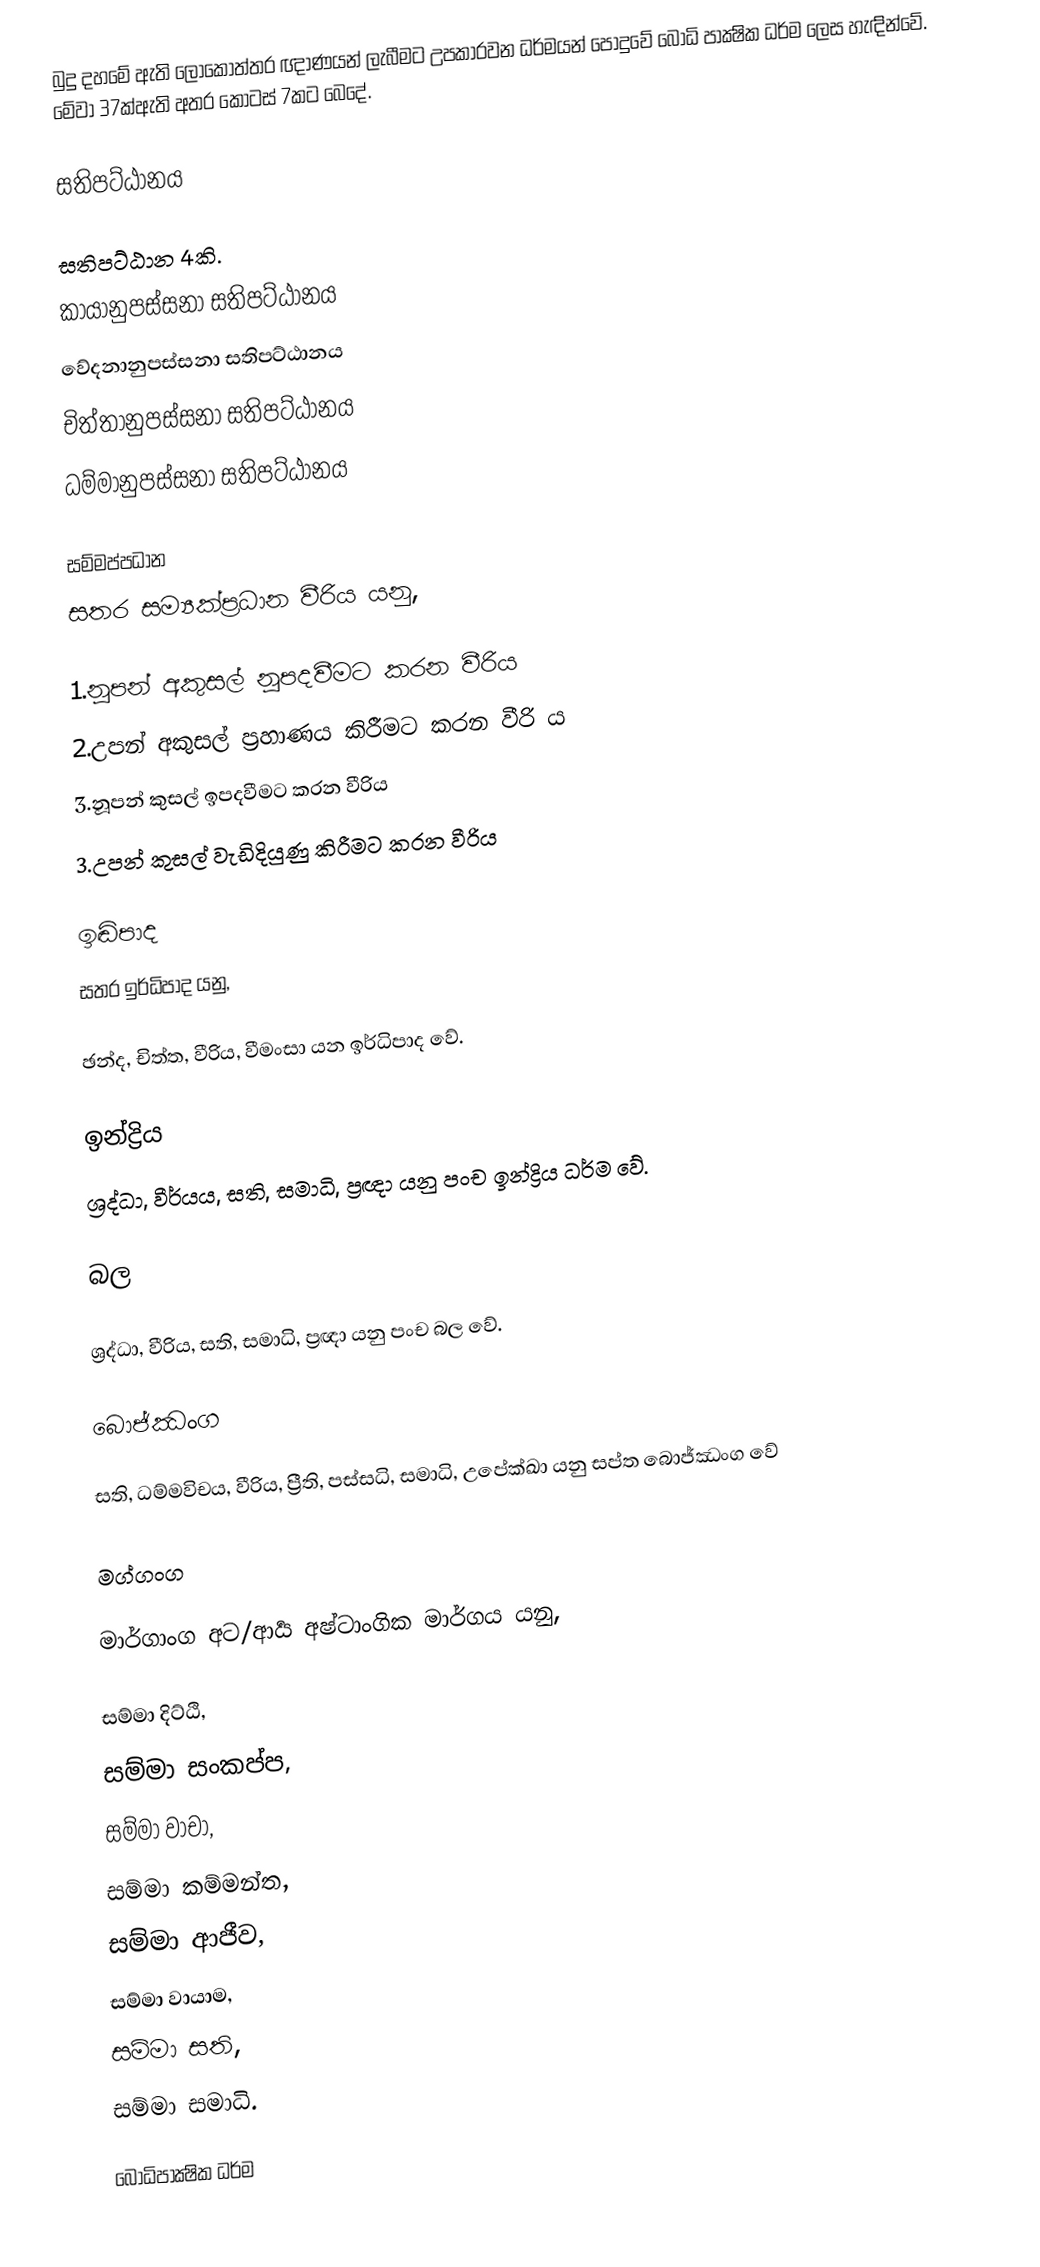
බුදු දහමේ ඇති ලෝකෝත්තර ඥාණයන් ලැබීමට උපකාරවන ධර්මයන් පොදුවේ බෝධි පාක්‍ෂික ධර්ම ලෙස හැඳින්වේ. මේවා 37ක්ඇති අතර කොටස් 7කට බෙදේ.

සතිපට්ඨානය

සතිපට්ඨාන 4කි.
 කායානුපස්සනා සතිපට්ඨානය
 වේදනානුපස්සනා සතිපට්ඨානය
 චිත්තානුපස්සනා සතිපට්ඨානය
 ධම්මානුපස්සනා සතිපට්ඨානය

සම්මප්පධාන
සතර සම්‍යක්ප්‍රධාන වීරිය යනු,

1.නූපන් අකුසල් නූපදවීමට කරන වීරිය
2.උපන් අකුසල් ප්‍රහාණය කිරීමට කරන වීරි ය
3.නූපන් කුසල් ඉපදවීමට කරන වීරිය
3.උපන් කුසල් වැඩිදියුණු කිරීමට කරන වීරිය

ඉඬිපාද
සතර ඉර්ධිපාද යනු,

ඡන්ද, චිත්ත, වීරිය, වීමංසා යන ඉර්ධිපාද වේ.

ඉන්ද්‍රිය
ශ්‍රද්ධා, වීර්යය, සති, සමාධි, ප්‍රඥා යනු පංච ඉන්ද්‍රිය ධර්ම වේ.

බල

ශ්‍රද්ධා, වීරිය, සති, සමාධි, ප්‍රඥා යනු පංච බල වේ.

බොජ්ඣංග

සති, ධම්මවිචය, වීරිය, ප්‍රීති, පස්සධි, සමාධි, උපේක්ඛා යනු සප්ත බොජ්ඣංග වේ

මග්ගංග

මාර්ගාංග අට/ආර්‍ය අෂ්ටාංගික මාර්ගය යනු,

සම්මා දිට්ඨි,
සම්මා සංකප්ප,
සම්මා වාචා,
සම්මා කම්මන්ත,
සම්මා ආජීව,
සම්මා වායාම,
සම්මා සති,
සම්මා සමාධි.

බෝධිපාක්‍ෂික ධර්ම